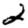
Digit: 2